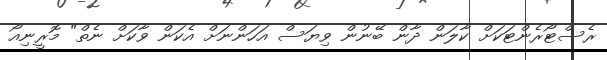
ރެސްޓޯރެންޓަކަށް ކާލަން ދާން ބޭނުން ވިޔަސް އަހަންނަށް އެކަން ވާކަށް ނެތް" މޮރީނިއޯ